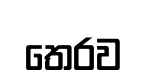
තෙරව